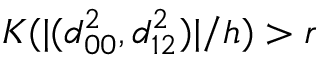
K ( | ( d _ { 0 0 } ^ { 2 } , d _ { 1 2 } ^ { 2 } ) | / h ) > r